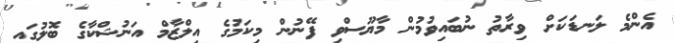
އެންމެ ލަނޑަކަށް ވިރާތު ނުބައިވުމުން މާޔޫސްވި ފޭނުން މިކަމުގެ އިލްޒާމް އަނުޝްކާގެ ބޮލުގައި